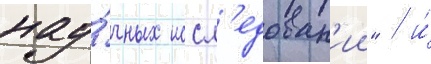
нау́чных иссл'едован'ии" / и́